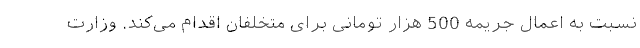
نسبت به اعمال جریمه 500 هزار تومانی برای متخلفان اقدام می‌کند. وزارت